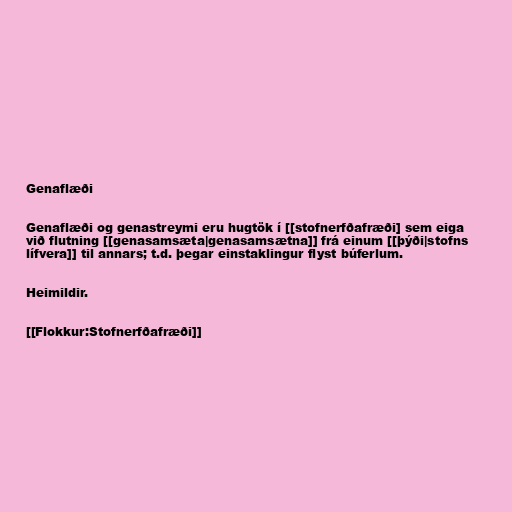
Genaflæði

Genaflæði og genastreymi eru hugtök í [[stofnerfðafræði] sem eiga
við flutning [[genasamsæta|genasamsætna]] frá einum [[þýði|stofns
lífvera]] til annars; t.d. þegar einstaklingur flyst búferlum.

Heimildir.

[[Flokkur:Stofnerfðafræði]]